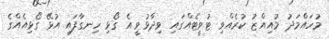
މުހައްމަދު މުއިއްޒު ކުރެއްވި ޓުވީޓެއްގައި ވިދާޅުވީ އެ ގޯޅި ހިނގާފައި އުޅޭ ގޯޅިއެއްގެ